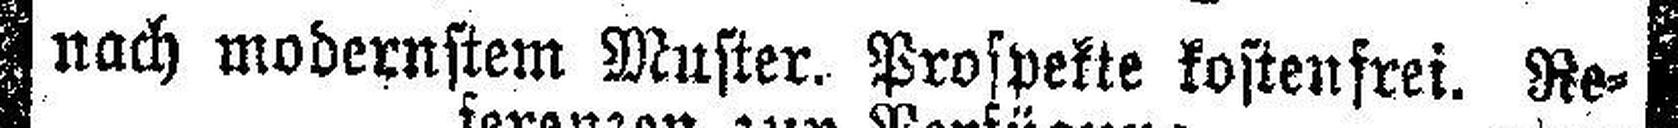
nach modernstem Muster. Prospekte kostenfrei. Re¬